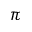
\pi